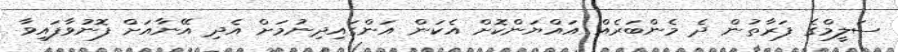
ސަލީމްގެ ފަރާތުން ދެ މެންބަރެއް އައްޔަންކޮށް އެކަން އަންގައިދިނުމަށް އެދި އޭނާއަށް ފޮނުވާފައިވާ